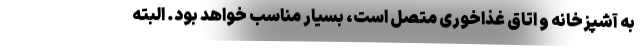
به آشپزخانه و اتاق غذاخوری متصل است، بسیار مناسب خواهد بود. البته